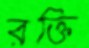
রক্তি